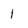
Character: 1